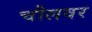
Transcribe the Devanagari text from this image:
चौलवर